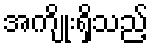
အကျိုးရှိသည့်